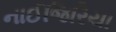
નાઈજિરિયા